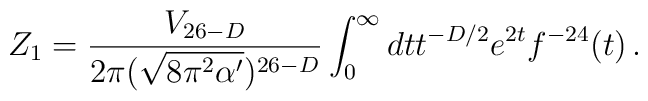
Z_{1} = \frac{V_{26-D}}{ 2\pi (\sqrt{ 8\pi^{2}\alpha' })^{26-D} } \int_{0}^{\infty}dt t^{-D/2}  e^{2t} f^{-24}(t) \, .